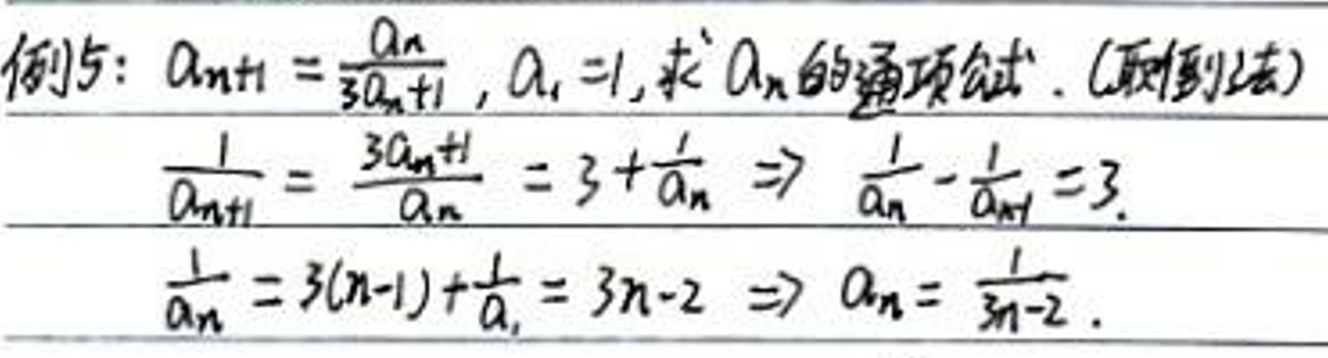
例\(5: a_{n + 1}=\frac{\(a_{n}\)}{3\(a_{n}\)+1}, a_{1}=1, \)求\(a_{n}\)的通项公式. (倒数法)\\
\frac{1}{a_{n + 1}}=\frac{3\(a_{n}\)+1}{\(a_{n}\)}=3+\frac{1}{\(a_{n}\)}\Rightarrow \frac{1}{\(a_{n}\)}-\frac{1}{a_{n + 1}}=3.\\
\frac{1}{\(a_{n}\)}=3(n - 1)+\frac{1}{a_{1}}=3n - 2\Rightarrow \(a_{n}\)=\frac{1}{3n - 2}.